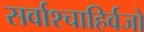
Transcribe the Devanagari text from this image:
सर्वाश्चाहिर्वजो